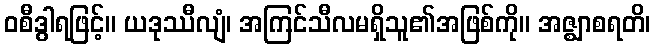
ဝစီဒွါရဖြင့်။ ယဒုဿီလျံ၊ အကြင်သီလမရှိသူ၏အဖြစ်ကို။ အဇ္ဈာစရတိ၊